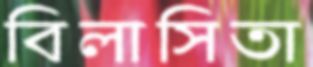
বিলাসিতা